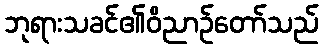
ဘုရားသခင်၏ဝိညာဉ်တော်သည်